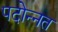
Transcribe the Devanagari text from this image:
पदोन्‍नत